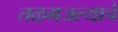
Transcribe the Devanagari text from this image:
तळमजल्याचे